Burma Government Medical School reports 1923-41
Year: 1923
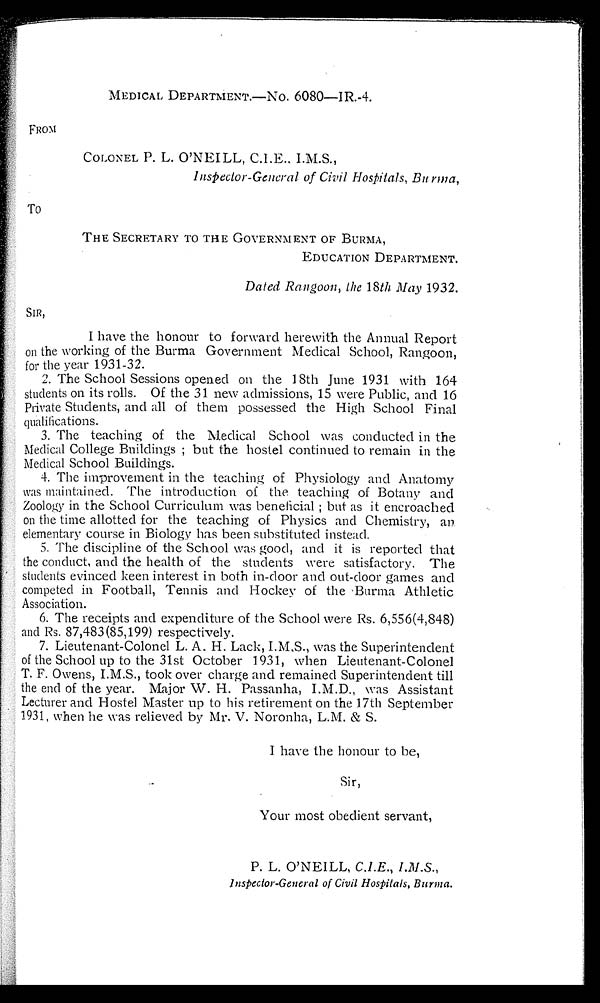
MEDICAL DEPARTMENT.—NO. 6080—IR.-4.
FROM
COLONEL P. L. O'NEILL, C.I.E., I.M.S.,
Inspector-General of Civil Hospitals, Burma,
To
THE SECRETARY TO THE GOVERNMENT OF BURMA,
EDUCATION DEPARTMENT.
Dated Rangoon, the 18th May 1932.
SIR,
I have the honour to forward herewith the Annual Report
on the working of the Burma Government Medical School, Rangoon,
for the year 1931-32.
2. The School Sessions opened on the 18th June 1931 with 164
students on its rolls. Of the 31 new admissions, 15 were Public, and 16
Private Students, and all of them possessed the High School Final
qualifications.
3. The teaching of the Medical School was conducted in the
Medical College Buildings ; but the hostel continued to remain in the
Medical School Buildings.
4. The improvement in the teaching of Physiology and Anatomy
was maintained. The introduction of the teaching of Botany and
Zoology in the School Curriculum was beneficial ; but as it encroached
on the time allotted for the teaching of Physics and Chemistry, an
elementary course in Biology has been substituted instead.
5. The discipline of the School was good, and it is reported that
the conduct, and the health of the students were satisfactory. The
students evinced keen interest in both in-door and out-door games and
competed in Football, Tennis and Hockey of the Burma Athletic
Association.
6. The receipts and expenditure of the School were Rs. 6,556(4,848)
and Rs. 87,483(85,199) respectively.
7. Lieutenant-Colonel L. A. H. Lack, I.M,S., was the Superintendent
of the School up to the 31st October 1931, when Lieutenant-Colonel
T. F. Owens, I.M.S., took over charge and remained Superintendent till
the end of the year. Major W. H. Passanha, I.M.D. was Assistant
Lecturer and Hostel Master up to his retirement on the 17th September
1931, when he was relieved by Mr. V. Noronha, L.M. & S.
I have the honour to be,
Sir,
Your most obedient servant,
P. L. O'NEILL, C.I.E., I.M.S.,
i n s p e c t o r - G e n e r a l o f C i v i l H o s p i t a l s , B u r m a .